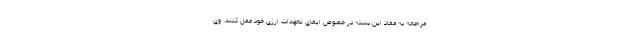
مراجعه به مفاد این بسته در خصوص ایفای تعهدات ارزی خود عمل کنند. وی